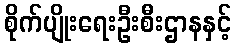
စိုက်ပျိုးရေးဦးစီးဌာနနှင့်